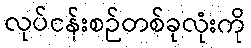
လုပ်ငန်းစဉ်တစ်ခုလုံးကို